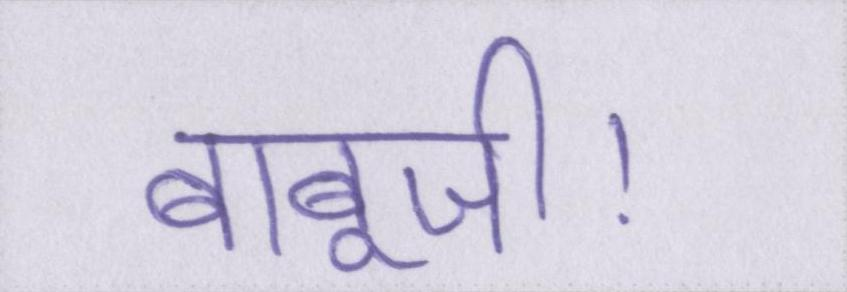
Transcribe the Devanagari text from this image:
बाबूजी।